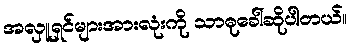
အလှူရှင်များအားလုံးကို သာဓုခေါ်ဆိုပါတယ်။